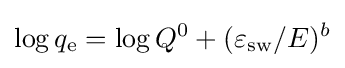
\log q_{\rm {e}}=\log Q^{0}+(\varepsilon _{\rm {sw}}/E)^{b}